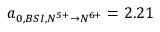
a _ { 0 , B S I , N ^ { 5 + } \rightarrow N ^ { 6 + } } = 2 . 2 1